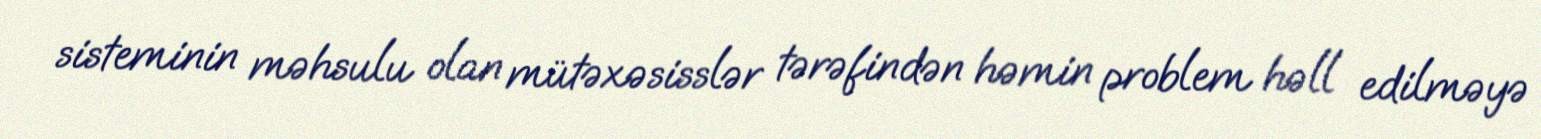
sisteminin məhsulu olan mütəxəsisslər tərəfindən həmin problem həll edilməyə